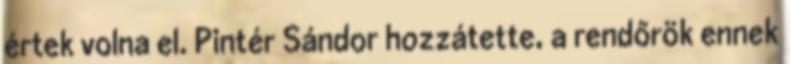
értek volna el. Pintér Sándor hozzátette, a rendőrök ennek